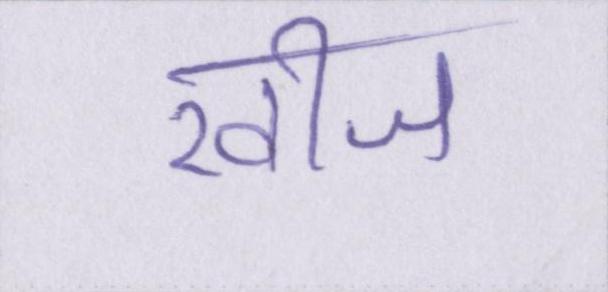
खीज